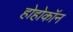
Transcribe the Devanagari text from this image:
होहोकॉन